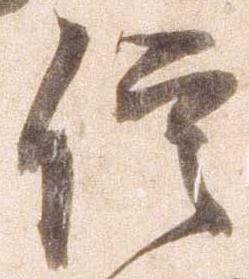
信